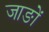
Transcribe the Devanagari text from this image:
जाङों